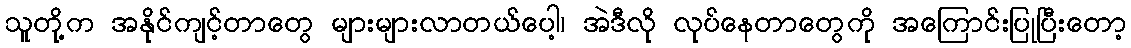
သူတို့က အနိုင်ကျင့်တာတွေ များများလာတယ်ပေါ့၊ အဲဒီလို လုပ်နေတာတွေကို အကြောင်းပြုပြီးတော့